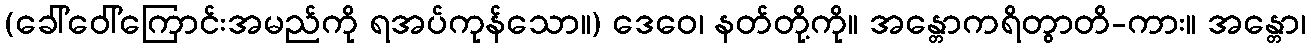
(ခေါ်ဝေါ်ကြောင်းအမည်ကို ရအပ်ကုန်သော။) ဒေဝေ၊ နတ်တို့ကို။ အန္တောကရိတွာတိ-ကား။ အန္တော၊